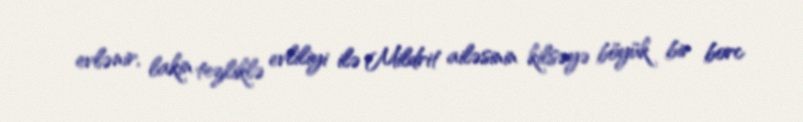
evlənir, lakin tezliklə evliliyi ilə Mildrit ailəsinin kilsəyə böyük bir borc